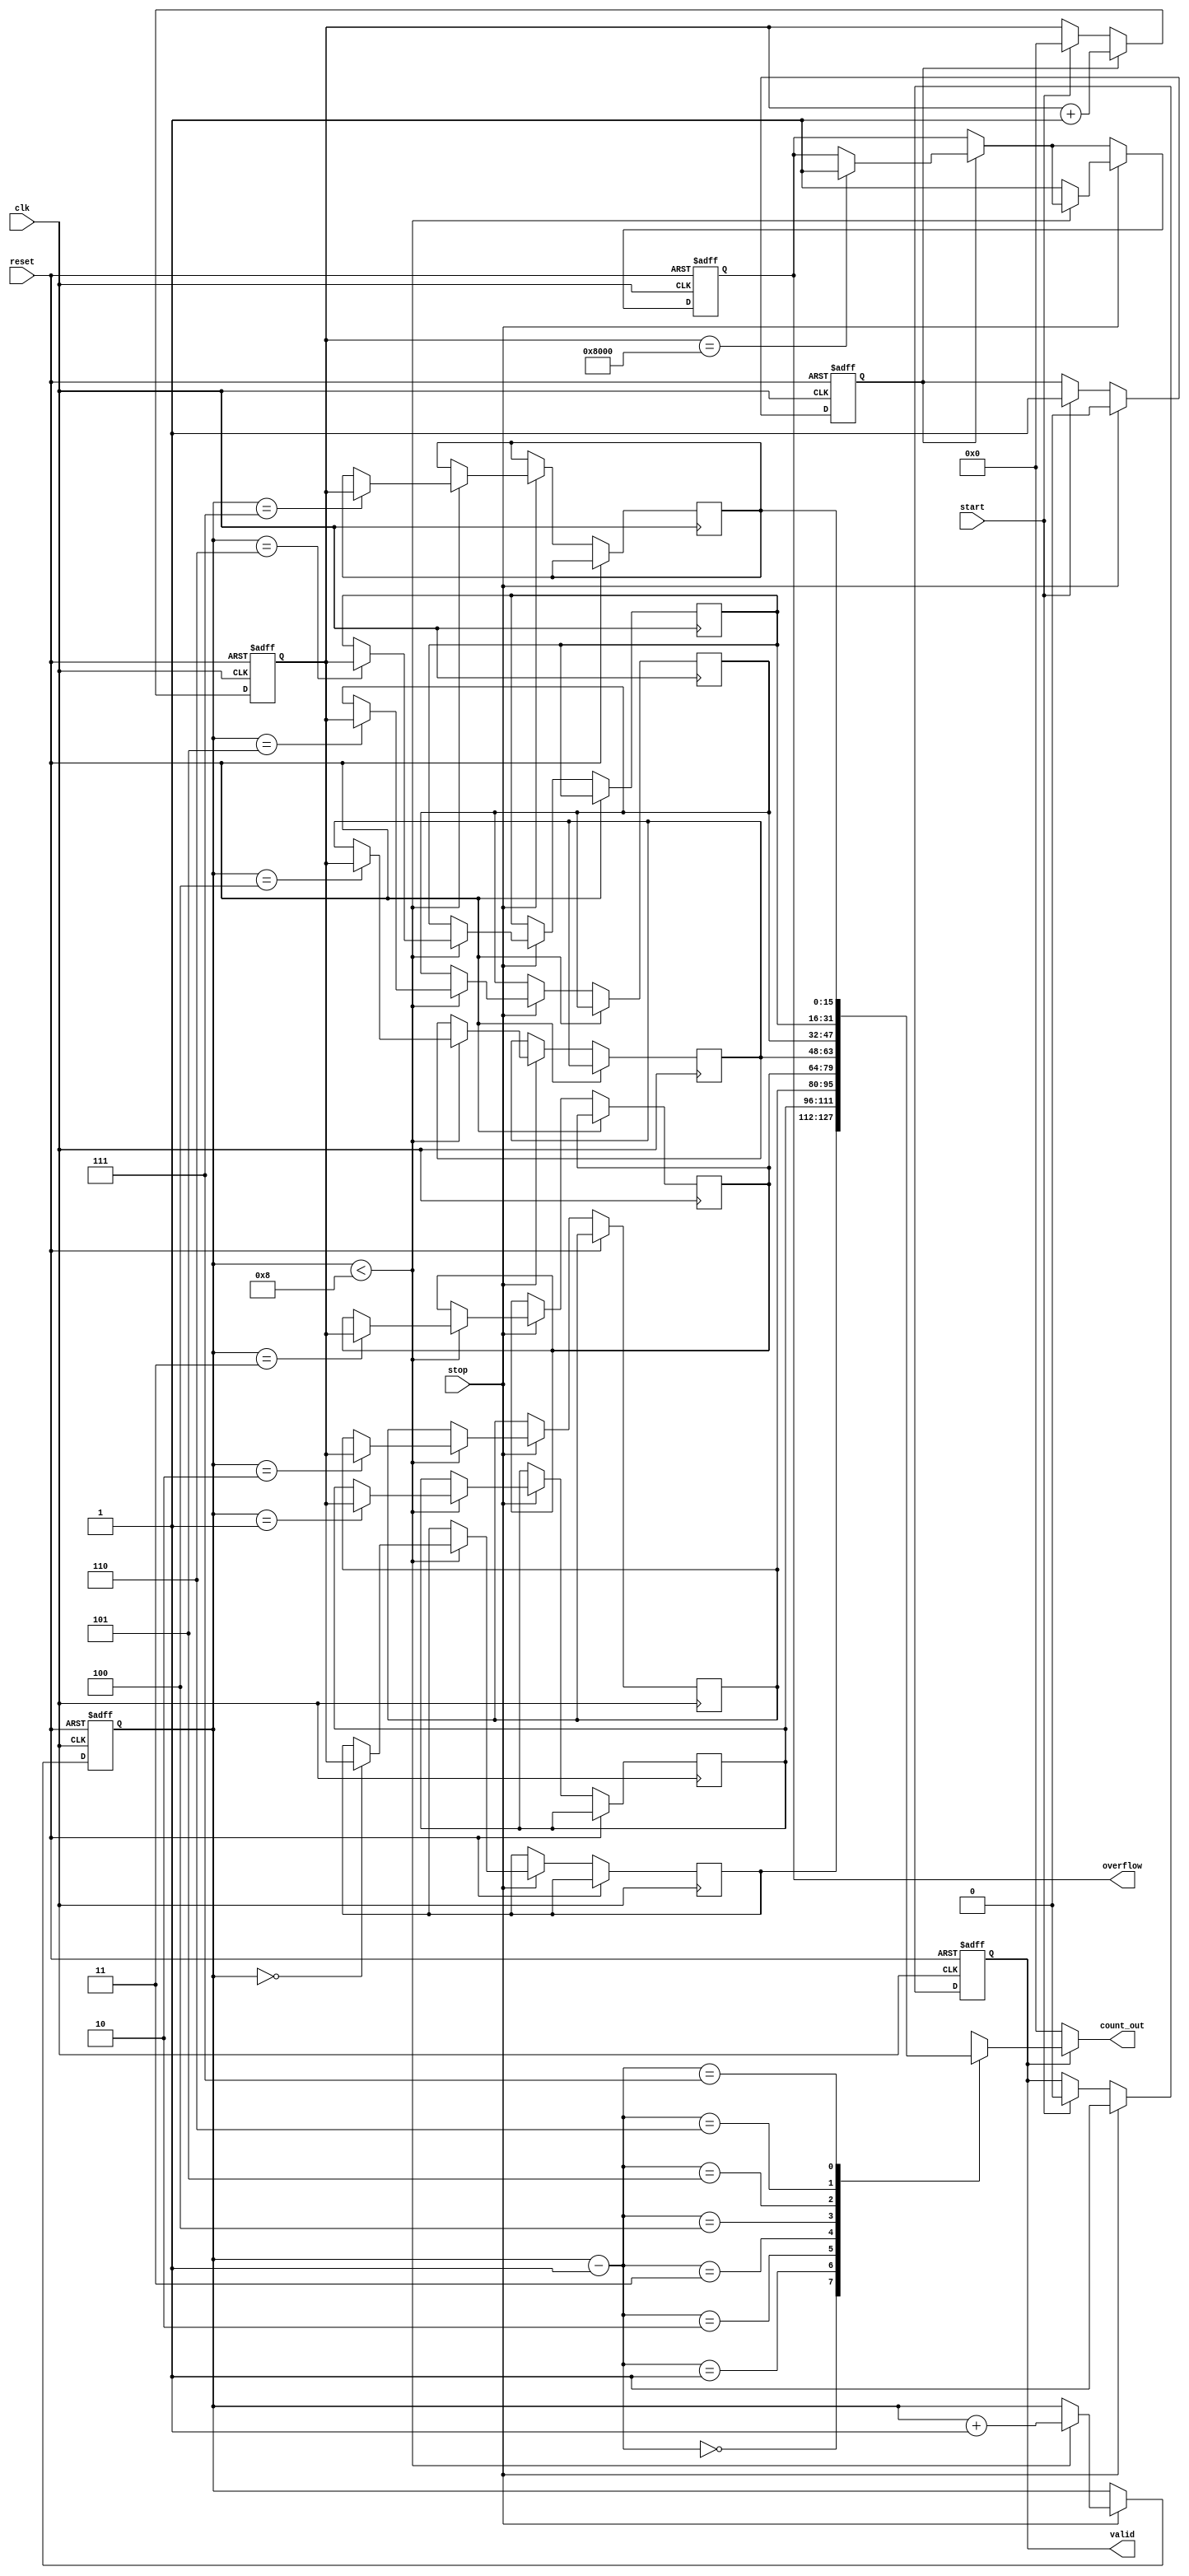
module TDC (
    input wire clk,          // Clock signal
    input wire reset,        // Reset signal
    input wire start,        // Start signal
    input wire stop,         // Stop signal
    output reg [15:0] count_out, // Output count value (16-bit)
    output reg valid,        // Valid output signal
    output reg overflow      // Overflow indication
);

    // Parameters
    parameter COUNTER_WIDTH = 16; // Width of the counter
    parameter MEMORY_DEPTH = 8;     // Depth of the memory block

    // Internal signals
    reg [COUNTER_WIDTH-1:0] counter; // Counter to count clock cycles
    reg [COUNTER_WIDTH-1:0] memory [0:MEMORY_DEPTH-1]; // Memory block
    reg [2:0] write_pointer; // Pointer for writing to memory
    reg counting; // State to indicate counting

    // Initialization
    initial begin
        counter = 0;
        write_pointer = 0;
        valid = 0;
        overflow = 0;
        counting = 0;
    end

    // Counter and Memory Logic
    always @(posedge clk or posedge reset) begin
        if (reset) begin
            // Reset all states
            counter <= 0;
            write_pointer <= 0;
            valid <= 0;
            overflow <= 0;
            counting <= 0;
        end else begin
            if (start) begin
                // Start counting on rising edge of Start signal
                counting <= 1;
                counter <= 0; // Reset counter
                valid <= 0; // Reset valid flag
            end

            if (counting) begin
                // Increment counter if counting
                counter <= counter + 1;

                // Check for overflow (if counter exceeds max value)
                if (counter == {1'b1, {COUNTER_WIDTH-1{1'b0}}}) begin
                    overflow <= 1; // Set overflow flag
                end
            end

            if (stop) begin
                // Stop counting on rising edge of Stop signal
                counting <= 0;
                valid <= 1; // Set valid flag

                // Store count value in memory
                if (write_pointer < MEMORY_DEPTH) begin
                    memory[write_pointer] <= counter;
                    write_pointer <= write_pointer + 1; // Increment write pointer
                end else begin
                    overflow <= 1; // Indicate overflow if memory is full
                end
            end
        end
    end

    // Output the latest count value from memory
    always @(*) begin
        if (valid) begin
            count_out = memory[write_pointer - 1]; // Output the last stored count
        end else begin
            count_out = 0; // Default output when not valid
        end
    end

endmodule